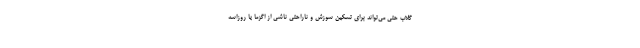
گلاب حتی می‌تواند برای تسکین سوزش و ناراحتی ناشی از اگزما یا روزاسه